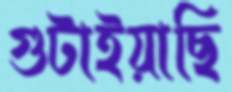
গুটাইয়াছি